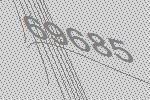
69685